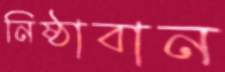
নিষ্ঠাবান